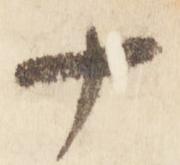
十